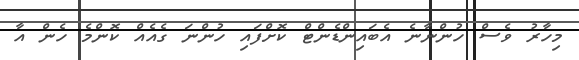
މިހާރު ވެސް ހުންނާނެ އެބައިންޑެންޓް ކޮށްފައި ހުންނަ ގެއެއް ކޮންމެ ހެން އާ